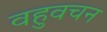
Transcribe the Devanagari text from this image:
वहुवचन